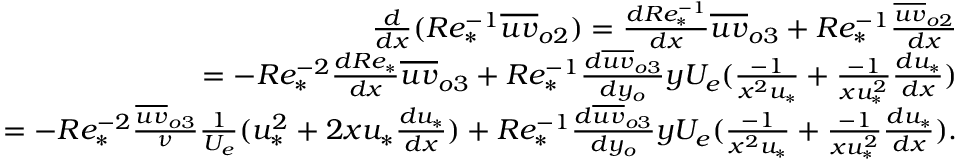
\begin{array} { r } { \frac { d } { d x } ( R e _ { * } ^ { - 1 } \overline { { u v } } _ { o 2 } ) = \frac { d R e _ { * } ^ { - 1 } } { d x } \overline { { u v } } _ { o 3 } + R e _ { * } ^ { - 1 } \frac { \overline { { u v } } _ { o 2 } } { d x } } \\ { = - R e _ { * } ^ { - 2 } \frac { d R e _ { * } } { d x } \overline { { u v } } _ { o 3 } + R e _ { * } ^ { - 1 } \frac { d \overline { { u v } } _ { o 3 } } { d y _ { o } } y U _ { e } ( \frac { - 1 } { x ^ { 2 } u _ { * } } + \frac { - 1 } { x u _ { * } ^ { 2 } } \frac { d u _ { * } } { d x } ) } \\ { = - R e _ { * } ^ { - 2 } \frac { \overline { { u v } } _ { o 3 } } { \nu } \frac { 1 } { U _ { e } } ( u _ { * } ^ { 2 } + 2 x u _ { * } \frac { d u _ { * } } { d x } ) + R e _ { * } ^ { - 1 } \frac { d \overline { { u v } } _ { o 3 } } { d y _ { o } } y U _ { e } ( \frac { - 1 } { x ^ { 2 } u _ { * } } + \frac { - 1 } { x u _ { * } ^ { 2 } } \frac { d u _ { * } } { d x } ) . } \end{array}